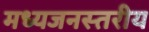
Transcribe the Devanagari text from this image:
मध्यजनस्तरीय